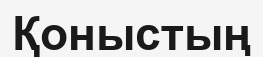
Қоныстың